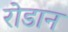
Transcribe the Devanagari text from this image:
रोडान